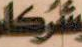
شركاء